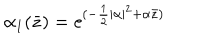
\alpha _ { 1 } ( \bar { z } ) = \mathrm { e } ^ { ( - \frac 1 2 \vert \alpha \vert ^ { 2 } + \alpha { \bar { z } } ) }